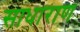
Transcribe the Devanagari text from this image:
साधाराण